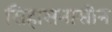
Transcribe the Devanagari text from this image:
सिहासनासीन